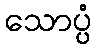
သောပ္ပံ